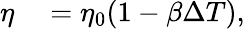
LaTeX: \begin{array}{rl}{\eta}&{{}=\eta_{0}(1-\beta\Delta T),}\end{array}